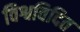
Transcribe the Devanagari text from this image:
विश्वविदित